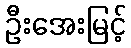
ဦးအေးမြင့်